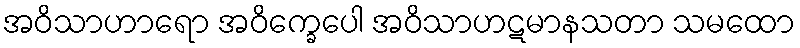
အဝိသာဟာရော အဝိက္ခေပေါ အဝိသာဟဋမာနသတာ သမထော